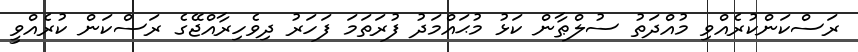
ރަސްކަންކުރެއްވި މުއްދަތު ސުލްޠާން ކަޅު މުޙައްމަދު ފުރަތަމަ ފަހަރު ދިވެހިރާއްޖޭގެ ރަސްކަން ކުރެއްވީ